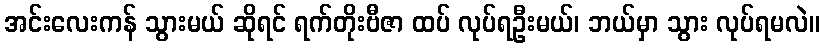
အင်းလေးကန် သွားမယ် ဆိုရင် ရက်တိုးဗီဇာ ထပ် လုပ်ရဦးမယ်၊ ဘယ်မှာ သွား လုပ်ရမလဲ။